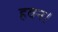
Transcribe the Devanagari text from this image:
हवन।